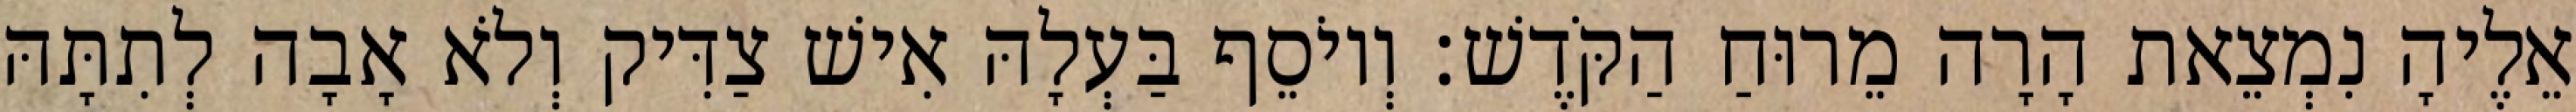
אֵלֶיהָ נִמְצֵאת הָרָה מֵרוּחַ הַקֹּדֶשׁ׃ וְיוֹסֵף בַּעְלָהּ אִישׁ צַדִּיק וְלֹא אָבָה לְתִתָּהּ